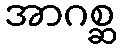
အာဂစ္ဆ